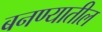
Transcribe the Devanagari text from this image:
बनण्यातील